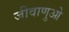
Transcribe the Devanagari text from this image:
जीवाणुओ